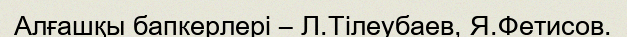
Алғашқы бапкерлері – Л.Тілеубаев, Я.Фетисов.